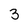
Character: 3